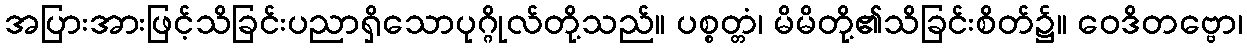
အပြားအားဖြင့်သိခြင်းပညာရှိသောပုဂ္ဂိုလ်တို့သည်။ ပစ္စတ္တံ၊ မိမိတို့၏သိခြင်းစိတ်၌။ ဝေဒိတဗ္ဗော၊